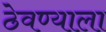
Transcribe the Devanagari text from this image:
ठेवण्याला